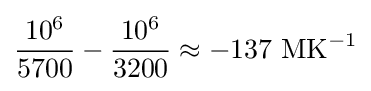
{\frac {10^{6}}{5700}}-{\frac {10^{6}}{3200}}\approx -137~{\text{MK}}^{-1}